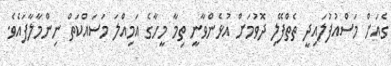
ގެއަށް މަސްއުފުލައިދީ ތެތްފޭލި ދޮވުމަށް އުޅެންވާނީ ތިމާ މީހާގެ އަމިއްލަ މަސައްކަތް ނިންމާލާފައެވެ.